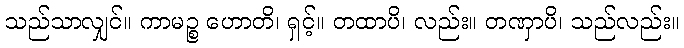
သည်သာလျှင်။ ကာမဉ္စ ဟောတိ၊ ရှင့်။ တထာပိ၊ လည်း။ တဏှာပိ၊ သည်လည်း။